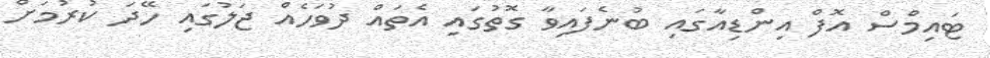
ޓައިމްސް އޮފް އިންޑިއާގައި ބުނެފައިވާ ގޮތުގައި އެތައް ދުވަހެއް ޖަލުގައި ހޭދަ ކުރުމަށް